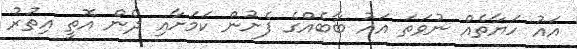
އައު ހަޔާތެއް ނުވަތަ އައު ބާބެއްގެ ފެށުން ކަމަށާއި ދެން އޮތީ އިތުރު